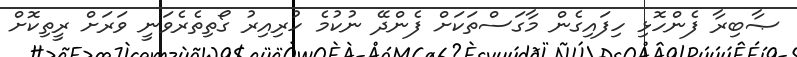
ޞާބިރާ ފެންހޮޅި ހިފައިގެން މާގަސްތަކަށް ފެންދޭ ނުކުމެ ހުރިއިރު ގޯތިތެރެވަނީ ވަރަށް ރީތިކޮށް